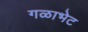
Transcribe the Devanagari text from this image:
गळाभेट